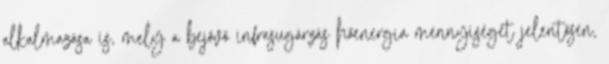
alkalmazása is, mely a bejövő infrasugárzás hőenergia mennyiségét jelentősen,